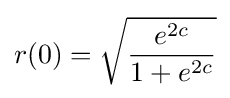
r(0)={\sqrt {\frac {e^{2c}}{1+e^{2c}}}}